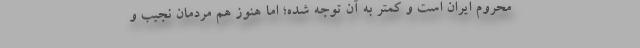
محروم ایران است و کمتر به آن توجه شده؛ اما هنوز هم مردمان نجیب و